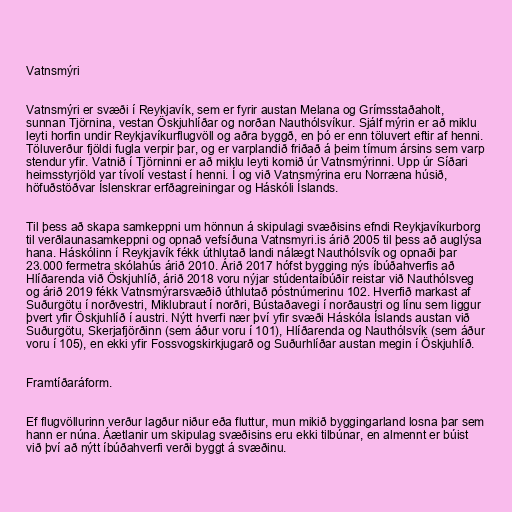
Vatnsmýri

Vatnsmýri er svæði í Reykjavík, sem er fyrir austan Melana og Grímsstaðaholt,
sunnan Tjörnina, vestan Öskjuhlíðar og norðan Nauthólsvíkur. Sjálf mýrin er að miklu
leyti horfin undir Reykjavíkurflugvöll og aðra byggð, en þó er enn töluvert eftir af henni.
Töluverður fjöldi fugla verpir þar, og er varplandið friðað á þeim tímum ársins sem varp
stendur yfir. Vatnið í Tjörninni er að miklu leyti komið úr Vatnsmýrinni. Upp úr Síðari
heimsstyrjöld var tívolí vestast í henni. Í og við Vatnsmýrina eru Norræna húsið,
höfuðstöðvar Íslenskrar erfðagreiningar og Háskóli Íslands.

Til þess að skapa samkeppni um hönnun á skipulagi svæðisins efndi Reykjavíkurborg
til verðlaunasamkeppni og opnað vefsíðuna Vatnsmyri.is árið 2005 til þess að auglýsa
hana. Háskólinn í Reykjavík fékk úthlutað landi nálægt Nauthólsvík og opnaði þar
23.000 fermetra skólahús árið 2010. Árið 2017 hófst bygging nýs íbúðahverfis að
Hlíðarenda við Öskjuhlíð, árið 2018 voru nýjar stúdentaíbúðir reistar við Nauthólsveg
og árið 2019 fékk Vatnsmýrarsvæðið úthlutað póstnúmerinu 102. Hverfið markast af
Suðurgötu í norðvestri, Miklubraut í norðri, Bústaðavegi í norðaustri og línu sem liggur
þvert yfir Öskjuhlíð í austri. Nýtt hverfi nær því yfir svæði Háskóla Íslands austan við
Suðurgötu, Skerjafjörðinn (sem áður voru í 101), Hlíðarenda og Nauthólsvík (sem áður
voru í 105), en ekki yfir Fossvogskirkjugarð og Suðurhlíðar austan megin í Öskjuhlíð.

Framtíðaráform.

Ef flugvöllurinn verður lagður niður eða fluttur, mun mikið byggingarland losna þar sem
hann er núna. Áætlanir um skipulag svæðisins eru ekki tilbúnar, en almennt er búist
við því að nýtt íbúðahverfi verði byggt á svæðinu.